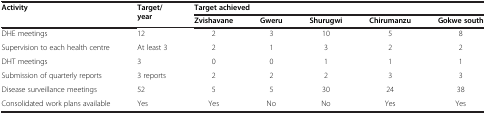
<table><thead><tr><td><b>Activity</b></td><td><b>Target/year</b></td><td colspan="5"><b>Target achieved</b></td></tr><tr><td><b> </b></td><td><b> </b></td><td><b>Zvishavane</b></td><td><b>Gweru</b></td><td><b>Shurugwi</b></td><td><b>Chirumanzu</b></td><td><b>Gokwe south</b></td></tr></thead><tbody><tr><td>DHE meetings</td><td>12</td><td>2</td><td>3</td><td>10</td><td>5</td><td>8</td></tr><tr><td>Supervision to each health centre</td><td>At least 3</td><td>2</td><td>1</td><td>3</td><td>2</td><td>2</td></tr><tr><td>DHT meetings</td><td>3</td><td>0</td><td>0</td><td>1</td><td>1</td><td>1</td></tr><tr><td>Submission of quarterly reports</td><td>3 reports</td><td>2</td><td>2</td><td>2</td><td>3</td><td>3</td></tr><tr><td>Disease surveillance meetings</td><td>52</td><td>5</td><td>5</td><td>30</td><td>24</td><td>38</td></tr><tr><td>Consolidated work plans available</td><td>Yes</td><td>Yes</td><td>No</td><td>No</td><td>Yes</td><td>Yes</td></tr></tbody></table>